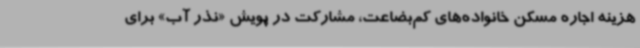
هزینه اجاره مسکن خانواده‌های کم‌بضاعت، مشارکت در پویش «نذر آب» برای